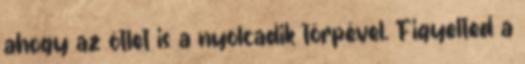
ahogy az ötlet is a nyolcadik törpével. Figyelted a